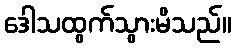
ဒေါသထွက်သွားမိသည်။